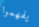
يفهموا